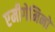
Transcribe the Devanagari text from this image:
एमीगेमिनो